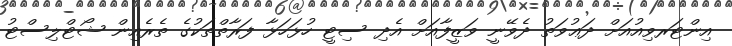
އިންޓަރވިއުއަށް ދަޢުވަތު ދެވޭނީ ވަޒީފާއަށް އެދި ސިޓީ ހުޅަހަޅާ ފަރާތްތަކުގެ ތެރެއިން ޝޯޓްލިސްޓު